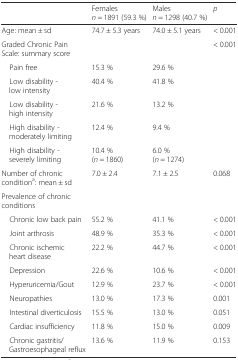
<table><thead><tr><td></td><td><b>Females<i>n</i> = 1891 (59.3 %)</b></td><td><b>Males<i>n</i> = 1298 (40.7 %)</b></td><td><b><i>p</i></b></td></tr></thead><tbody><tr><td>Age: mean ± sd</td><td>74.7 ± 5.3 years</td><td>74.0 ± 5.1 years</td><td>&lt; 0.001</td></tr><tr><td>Graded Chronic Pain Scale: summary score</td><td></td><td></td><td rowspan="6">&lt; 0.001</td></tr><tr><td> Pain free</td><td>15.3 %</td><td>29.6 %</td></tr><tr><td> Low disability - low intensity</td><td>40.4 %</td><td>41.8 %</td></tr><tr><td> Low disability - high intensity</td><td>21.6 %</td><td>13.2 %</td></tr><tr><td> High disability - moderately limiting</td><td>12.4 %</td><td>9.4 %</td></tr><tr><td> High disability - severely limiting</td><td>10.4 %(<i>n</i> = 1860)</td><td>6.0 %(<i>n</i> = 1274)</td></tr><tr><td>Number of chronic condition<sup>a</sup>: mean ± sd</td><td>7.0 ± 2.4</td><td>7.1 ± 2.5</td><td>0.068</td></tr><tr><td>Prevalence of chronic conditions</td><td></td><td></td><td></td></tr><tr><td> Chronic low back pain</td><td>55.2 %</td><td>41.1 %</td><td>&lt; 0.001</td></tr><tr><td> Joint arthrosis</td><td>48.9 %</td><td>35.3 %</td><td>&lt; 0.001</td></tr><tr><td> Chronic ischemic heart disease</td><td>22.2 %</td><td>44.7 %</td><td>&lt; 0.001</td></tr><tr><td> Depression</td><td>22.6 %</td><td>10.6 %</td><td>&lt; 0.001</td></tr><tr><td> Hyperuricemia/Gout</td><td>12.9 %</td><td>23.7 %</td><td>&lt; 0.001</td></tr><tr><td> Neuropathies</td><td>13.0 %</td><td>17.3 %</td><td>0.001</td></tr><tr><td> Intestinal diverticulosis</td><td>15.5 %</td><td>13.0 %</td><td>0.051</td></tr><tr><td> Cardiac insufficiency</td><td>11.8 %</td><td>15.0 %</td><td>0.009</td></tr><tr><td> Chronic gastritis/Gastroesophageal reflux</td><td>13.6 %</td><td>11.9 %</td><td>0.153</td></tr></tbody></table>